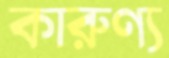
কারুণ্য